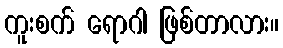
ကူးစက် ရောဂါ ဖြစ်တာလား။